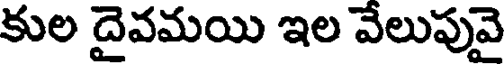
కుల దైవమయి ఇల వేలుపువై